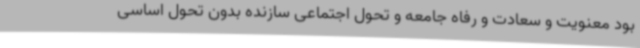
بود معنویت و سعادت و رفاه جامعه و تحول اجتماعی سازنده بدون تحول اساسی